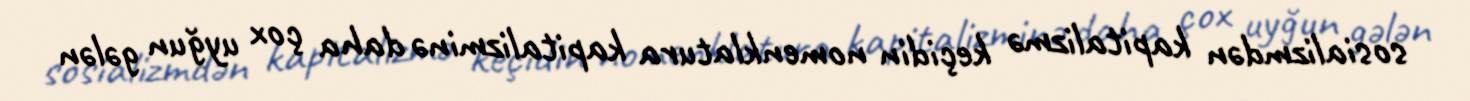
sosializmdən kapitalizmə keçidin nomenklatura kapitalizminə daha çox uyğun gələn